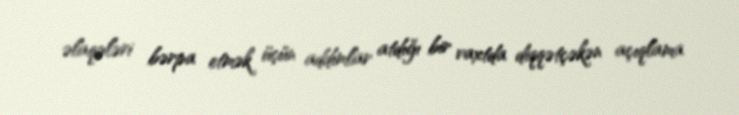
əlaqələri bərpa etmək üçün addımlar atdığı bir vaxtda diqqətçəkən açıqlama